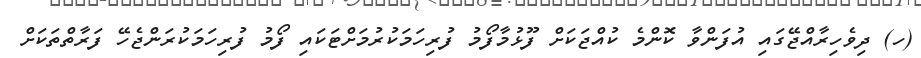
(ހ) ދިވެހިރާއްޖޭގައި އުފަންވާ ކޮންމެ ކުއްޖަކަށް ފޫޅުމާފޯމު ފުރިހަމަކުރުމަށްޓަކައި ފޯމު ފުރިހަމަކުރަންޖެހޭ ފަރާތްތަކަށް